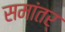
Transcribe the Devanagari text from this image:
समांतर्